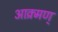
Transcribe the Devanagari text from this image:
आक्र्मण्